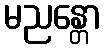
မညန္တော